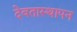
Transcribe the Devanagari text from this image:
देवतास्थापन